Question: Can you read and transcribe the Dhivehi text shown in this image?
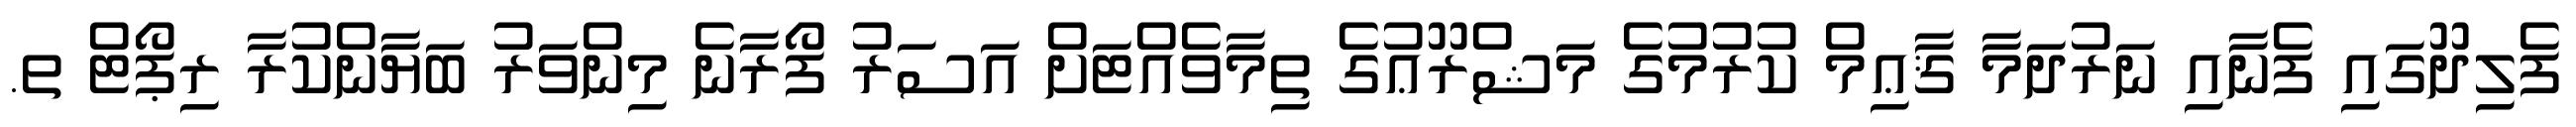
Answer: ފެލިދޫގައި ފެނާއި ނަރުދަމާ ޤާޢިމް ކުރުމުގެ މަޝްރޫޢުގެ ތިމާވެއްޓަށް އަސަރު ފޯރާނެ މިންވަރު ބަޔާންކުރާ ރިޕޯޓް ތ.